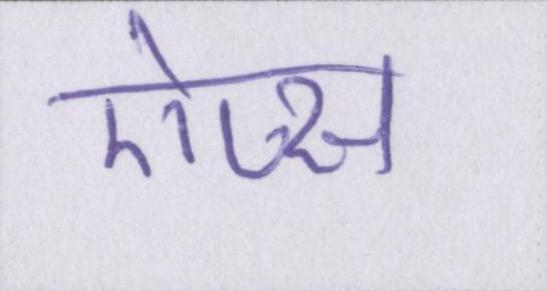
ऐप्स